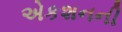
એકશનની